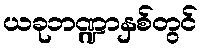
ယခုဘဏ္ဍာနှစ်တွင်